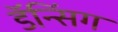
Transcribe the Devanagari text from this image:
डॅन्सिंग